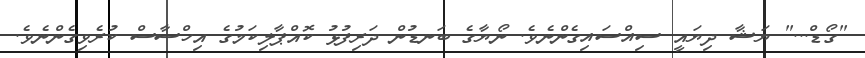
"ގޯޑް..." ޔަޝާ ދިޔައީ ސިއްސައިގެންނެވެ. ނޯޔާގެ ބަނޑުން ދަރިފުޅު ކޮއްޕާލިކަމުގެ އިހްސާސް ކުރެވިގެންނެވެ.